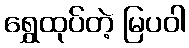
ရွှေထုပ်တဲ့ မြပဝါ